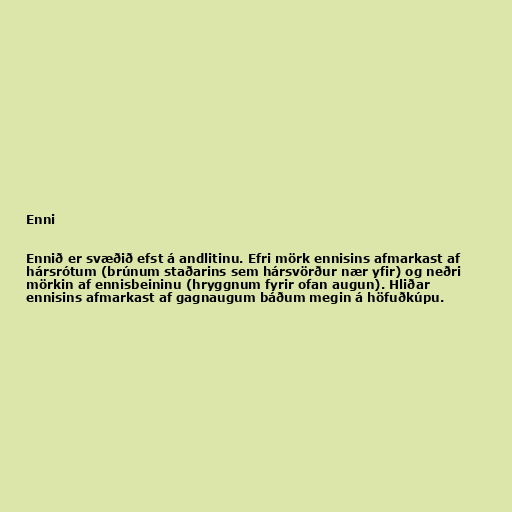
Enni

Ennið er svæðið efst á andlitinu. Efri mörk ennisins afmarkast af
hársrótum (brúnum staðarins sem hársvörður nær yfir) og neðri
mörkin af ennisbeininu (hryggnum fyrir ofan augun). Hliðar
ennisins afmarkast af gagnaugum báðum megin á höfuðkúpu.